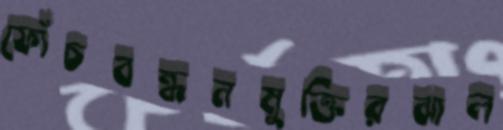
ফোঁচবন্ধনমুক্তিরঝাল